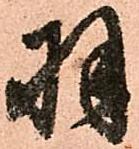
羽